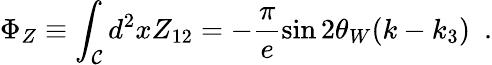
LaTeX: \Phi_{Z}\equiv\int_{\cal C}d^{2}xZ_{12}=-\frac{\pi}{e}\sin 2\theta_{W}(k-k_{3})~~.